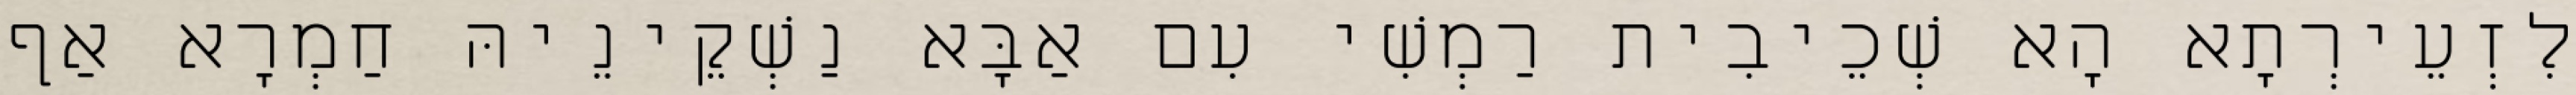
לִזְעֵירְתָא הָא שְׁכֵיבִית רַמְשִׁי עִם אַבָּא נַשְׁקֵינֵיהּ חַמְרָא אַף